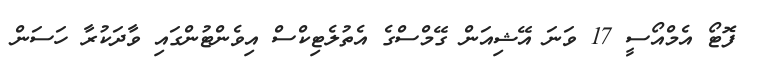
ފޮޓޯ އެމްއޯސީ 17 ވަނަ އޭޝިއަން ގޭމްސްގެ އެތުލެޓިކްސް އިވެންޓުންގައި ވާދަކުރާ ހަސަން